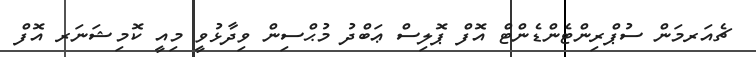
ޗެއަރމަން ސުޕްރިންޓެންޑެންޓް އޮފް ޕޮލިސް ޢަބްދު މުޙްސިން ވިދާޅުވީ މިއީ ކޮމިޝަނަރ އޮފް